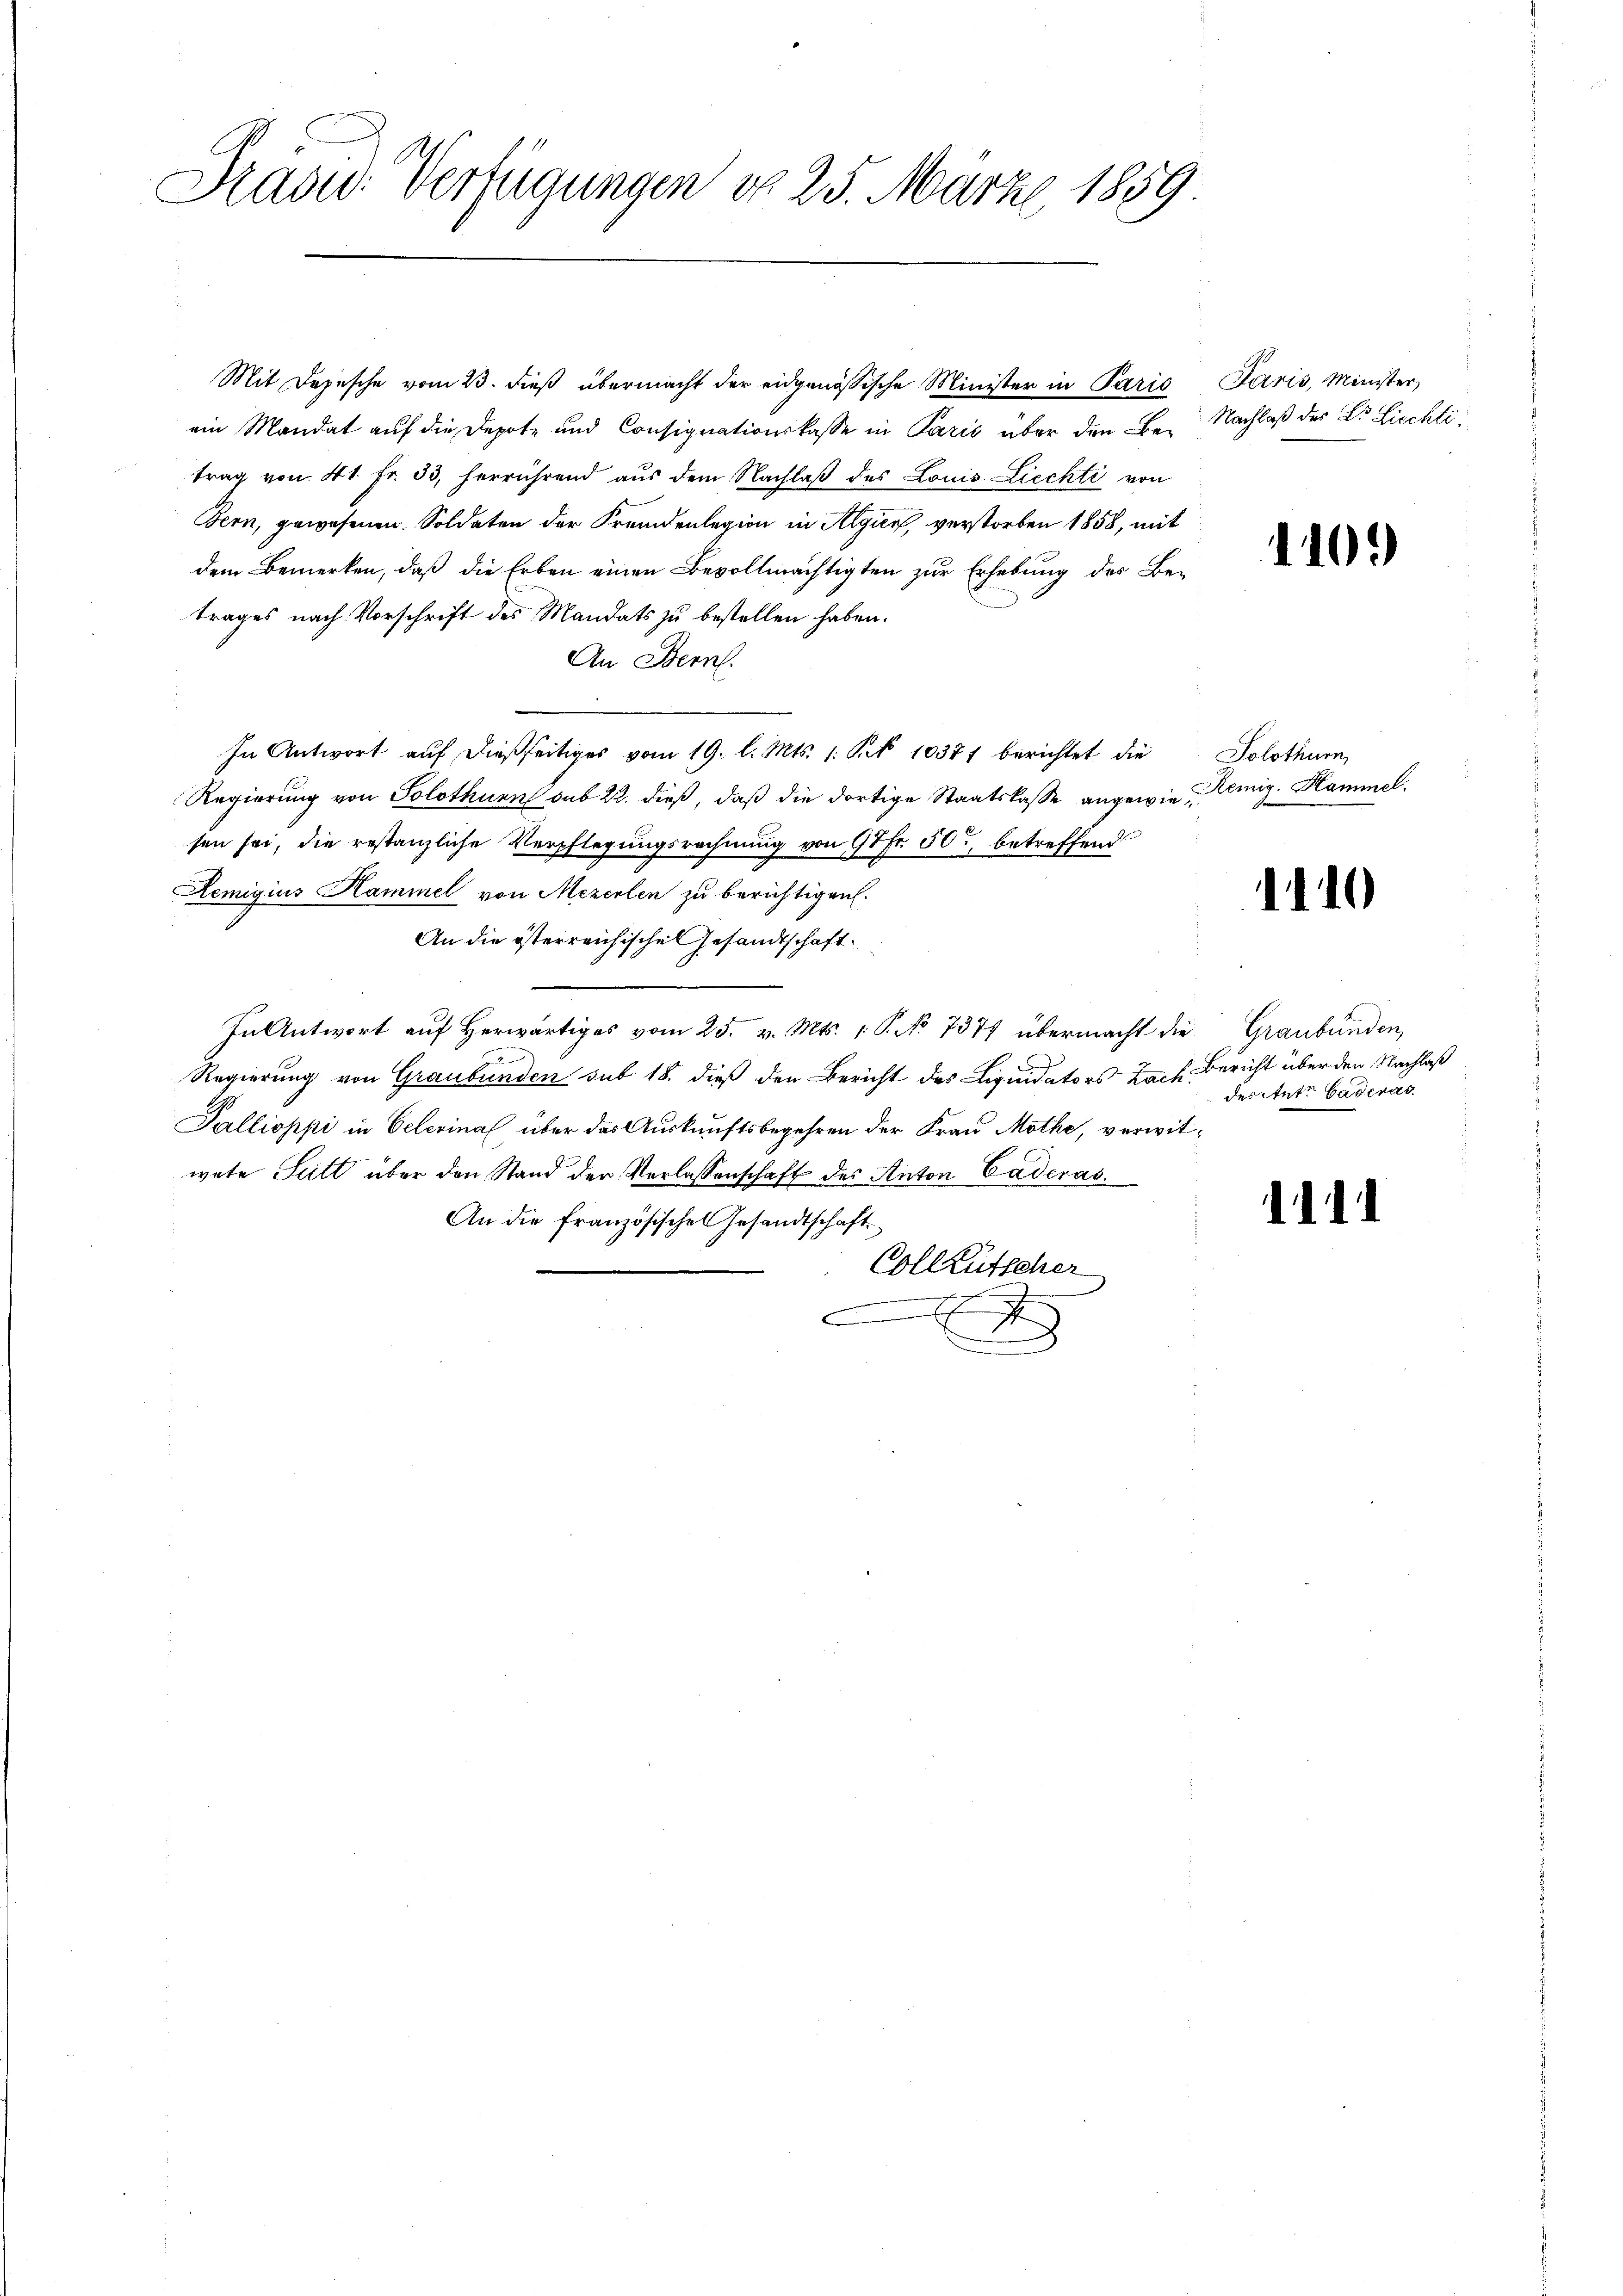
Präsid. Verfügungen do 25. März 1859

Mit Depesche vom 23. dieß übermacht der eidgenössische Minister in Paris
ein Mandat auf die Depote und Consignationskasse in Paris über den Be-
trag von 41. fr. 33, herrührend aŭs dem Nachlaβ des Louis Liechti von
Bern, gewesenen Soldaten der Fremdenlegion in Algien, verstorben 1858, mit
dem Bemerken, daß die Erben einen Bevollmächtigten zur Erhebung des Betrages nach Vorschrift des Mandats zu bestellen haben.
An Bern.
In Antwort auf dießseitiges vom 19. l. Mts. 1. S. 10377 berichtet die
Regierung von Solothurn sub 22. dieß, daß die dortige Staatskasse angewiesen sei, die restanzliche Verpflegungsrechnung von 97fr. 50, betreffend
Remigius Hammel von Mezerlen zu berichtigen.
An die österreichisches Gesandtschaft
In Antwort aŭf herwärtiges vom 25. v. Mts. 1 P. No 7371 übermacht die Graubünden,
Regierung von Graubünden sub 18. dieß den Bericht des Liquidators Nach Bericht über den Nachlaß
Pallioppi in Oelerina über das Auskunftsbegehren der Frau Möthe, verwitwete Sutt über den Stand der Verlassenschaft des Anton Caderat
An die französischen Gesandtschaft
Vollkutscher
h
C
.

Paris, Minister,
Nachlaß des Dr. Liechti

1100

Solothurn,
Remig. Hammel.

1110

des Antr Caderar

11